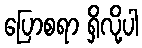
ပြောစရာ ရှိလို့ပါ